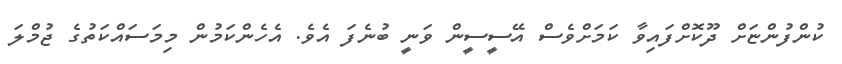
ކުންފުންޏަށް ދޫކޮށްފައިވާ ކަމަށްވެސް އޭސީސީން ވަނީ ބުނެފަ އެވެ. އެހެންކަމުން މިމަސައްކަތުގެ ޖުމްލަ